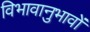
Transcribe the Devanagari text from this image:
विभावानुभावों